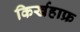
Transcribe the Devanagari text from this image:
किर्खहाफ्र